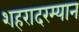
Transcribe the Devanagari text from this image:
शहरादरम्यान